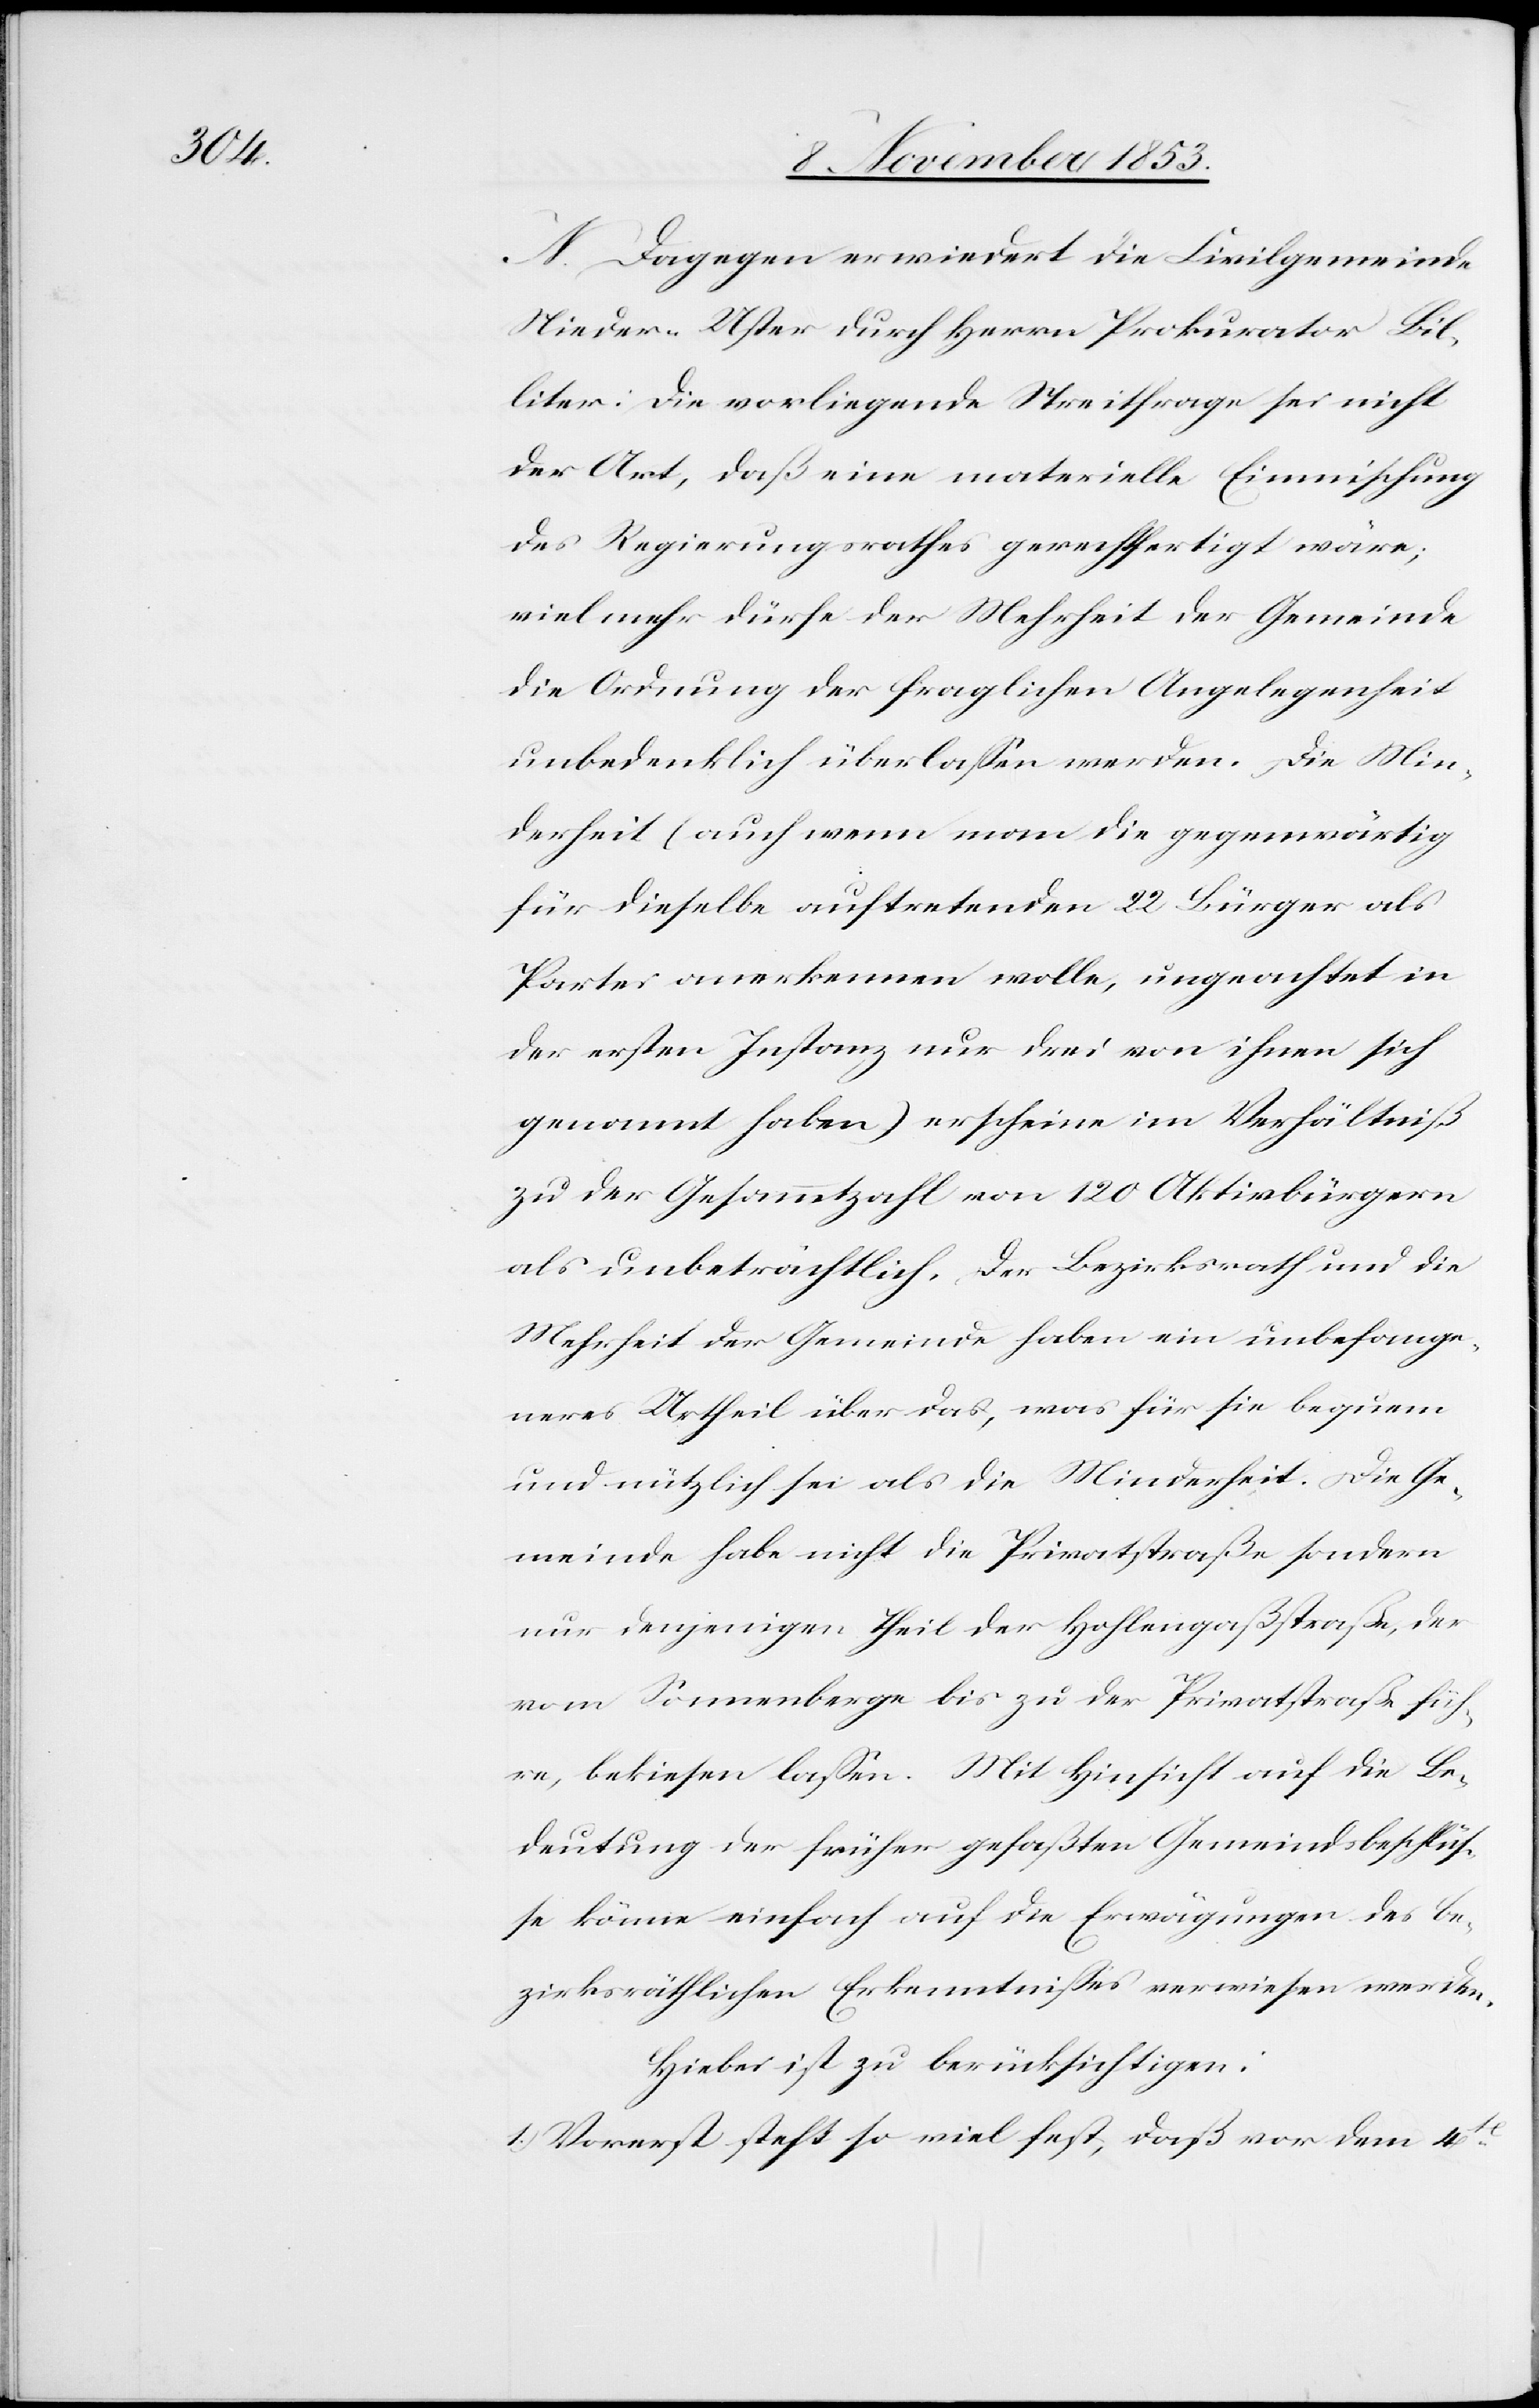
N. Dagegen erwiedert die Civilgemeinde
Nieder-Uster durch Herrn Prokurator Bil¬
liter: Die vorliegende Streitfrage sei nicht
der Art; daß eine materielle Einmischung
des Regierungsrathes gerechtfertigt wäre;
vielmehr dürfe der Mehrheit der Gemeinde
die Ordnung der fraglichen Angelegenheit
unbedenklich überlaßen werden. Die Min¬
derheit (auch wenn man die gegenwärtig
für dieselbe auftretenden 22 Bürger als
Partei anerkennen wolle, ungeachtet in
der ersten Instanz nur drei von ihnen sich
genannt haben.) erscheine im Verhältniß
zu der Gesammtzahl von 120 Aktivbürgern
als unbeträchtlich. Der Bezirksrath und die
Mehrheit der Gemeinde haben ein unbefange¬
neres Urtheil über das, was für die bequem
und nützlich sei als die Minderheit. Die Ge¬
meinde habe nicht die Privatstraße sondern
nur denjenigen Theil der Hohlengaßstraße, der
vom Sonnenberge bis zur der Privatstraße füh¬
re, bekiesen laßen. Mit Hinsicht auf die Be¬
deutung der früher gefaßten Gemeindsbeschlüß¬
e könne einfach auf die Erwägungen des be¬
zirksräthlichen Erkenntnißes verwiesen werden.
Hiebei ist zu berücksichtigen:
1) Vorerst steht so viel fest, daß vor dem 4t